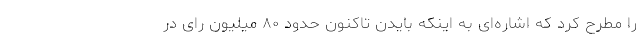
را مطرح کرد که اشاره‌ای به اینکه بایدن تاکنون حدود ۸۰ میلیون رای در